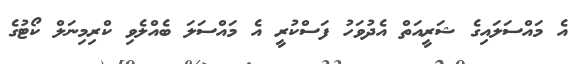
އެ މައްސަލައިގެ ޝަރީއަތް އެދުވަހު ފަސްކުރީ އެ މައްސަލަ ބެއްލެވި ކްރިމިނަލް ކޯޓުގެ